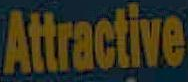
Attractive